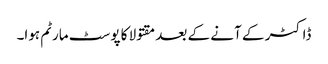
ڈاکٹر کے آنے کے بعد مقتولا کا پوسٹ مارٹم ہوا۔